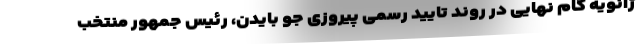
ژانویه گام نهایی در روند تایید رسمی پیروزی جو بایدن، رئیس جمهور منتخب